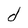
Character: d